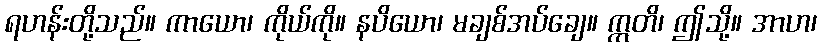
ရဟန်းတို့သည်။ ကာယော၊ ကိုယ်ကို။ နပိယော၊ မချစ်အပ်ချေ။ ဣတိ၊ ဤသို့။ အာဟ၊